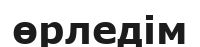
өрледім